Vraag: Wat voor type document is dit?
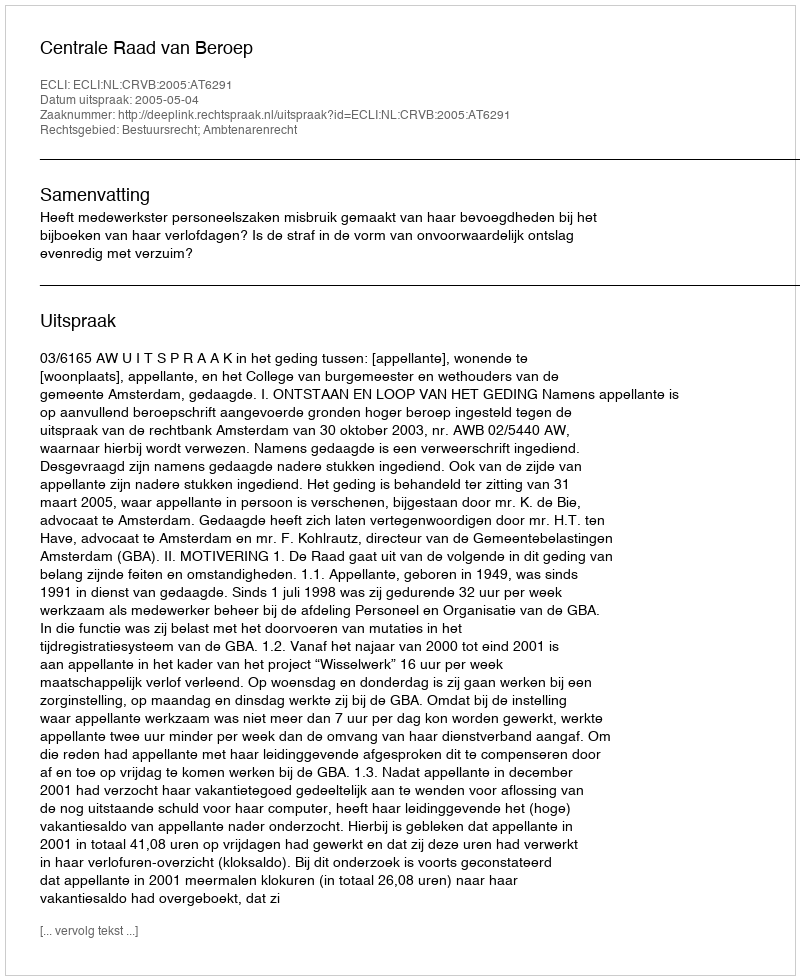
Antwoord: Uitspraak